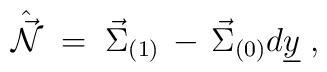
\hat{\vec{\cal N}} \;=\; \vec{\Sigma}_{(1)}              \,-\, \vec{\Sigma}_{(0)}d\underline{y}\; ,